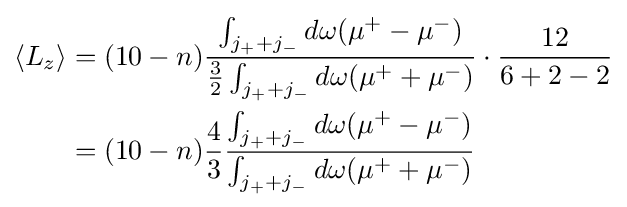
{\begin{aligned}\langle L_{z}\rangle &=(10-n){\frac {\int _{j_{+}+j_{-}}d\omega (\mu ^{+}-\mu ^{-})}{{\frac {3}{2}}\int _{j_{+}+j_{-}}d\omega {(\mu ^{+}+\mu ^{-})}}}\cdot {\frac {12}{6+2-2}}\\&=(10-n){\frac {4}{3}}{\frac {\int _{j_{+}+j_{-}}d\omega (\mu ^{+}-\mu ^{-})}{\int _{j_{+}+j_{-}}d\omega {(\mu ^{+}+\mu ^{-})}}}\end{aligned}}